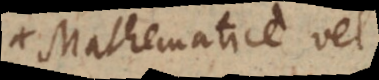
Mathematice vel